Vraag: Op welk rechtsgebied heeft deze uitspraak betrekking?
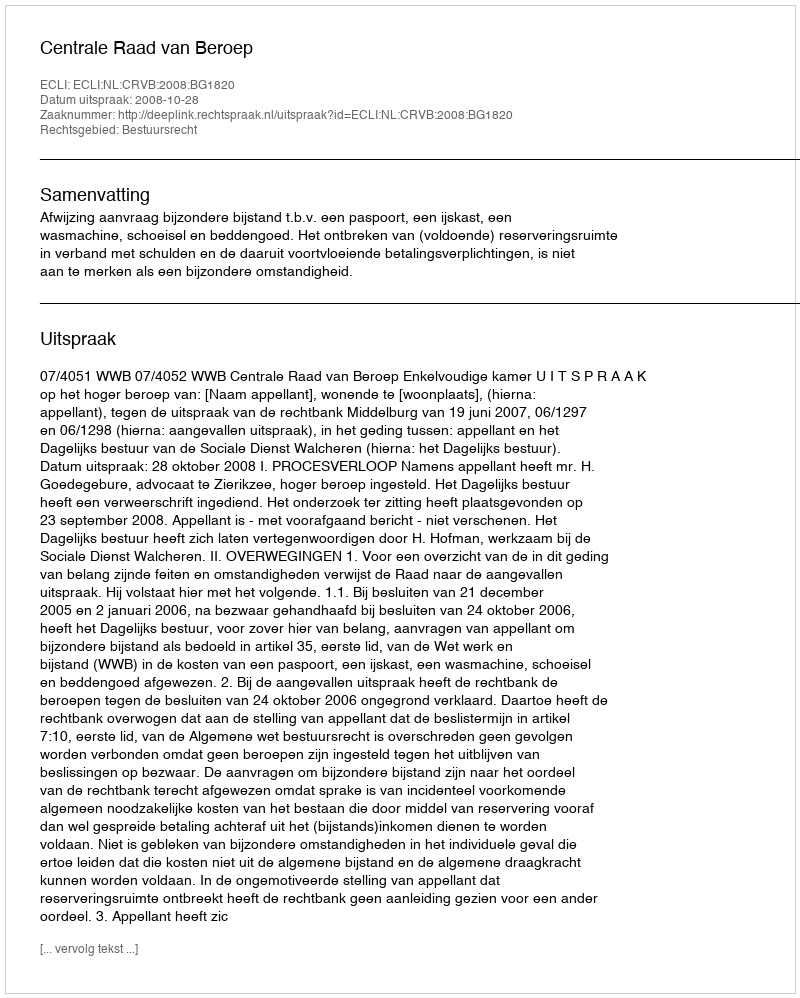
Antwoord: Bestuursrecht